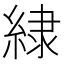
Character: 𮈡